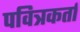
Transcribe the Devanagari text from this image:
पवित्रकर्ता